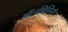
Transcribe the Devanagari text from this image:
बॉनविसिनी